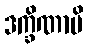
ဒက္ခိဏာပိ